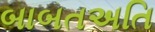
બાબતઅતિ